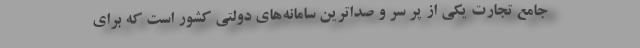
جامع تجارت یکی از پر سر و صدا‌ترین سامانه‌های دولتی کشور است که برای